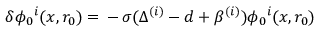
\delta \phi _ { 0 } { } ^ { i } ( x , r _ { 0 } ) = \, - \, \sigma ( \Delta ^ { ( i ) } - d + \beta ^ { ( i ) } ) \phi _ { 0 } { } ^ { i } ( x , r _ { 0 } )